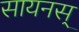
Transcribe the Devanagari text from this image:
सायनस्